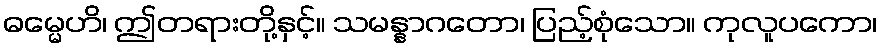
ဓမ္မေဟိ၊ ဤတရားတို့နှင့်။ သမန္နာဂတော၊ ပြည့်စုံသော။ ကုလူပကော၊